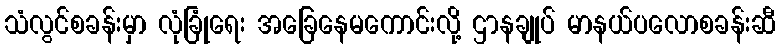
သံလွင်စခန်းမှာ လုံခြုံရေး အခြေနေမကောင်းလို့ ဌာနချုပ် မာနယ်ပလောစခန်းဆီ